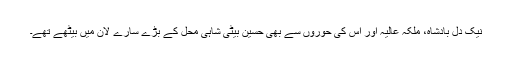
نیک دل بادشاہ، ملکہ عالیہ اور اس کی حوروں سے بھی حسین بیٹی شاہی محل کے بڑے سارے لان میں بیٹھے تھے۔